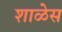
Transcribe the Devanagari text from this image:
शाळेस